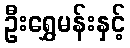
ဦးရွှေမန်းနှင့်